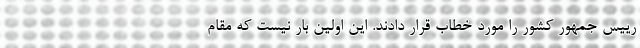
رییس جمهور کشور را مورد خطاب قرار دادند. این اولین بار نیست که مقام